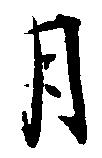
月